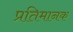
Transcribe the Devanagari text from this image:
प्रतिमानक